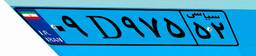
۰۹D۹۷۵۵۲